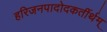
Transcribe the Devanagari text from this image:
हरिजनपादोदकर्तीर्थम्‌